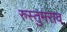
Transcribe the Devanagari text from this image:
रुस्तुमराव